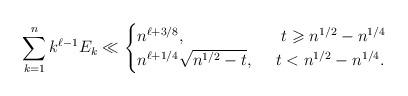
LaTeX: \begin{align*}\sum_{k=1}^{n}k^{\ell-1}E_k\ll\begin{cases}n^{\ell+3/8},~&~t\geqslant n^{1/2}-n^{1/4}\\n^{\ell+1/4}\sqrt{n^{1/2}-t},~&t<n^{1/2}-n^{1/4}.\end{cases}\end{align*}